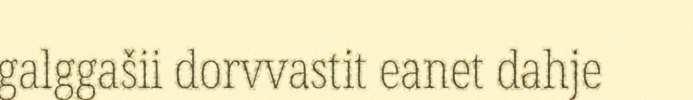
galggašii dorvvastit eanet dahje